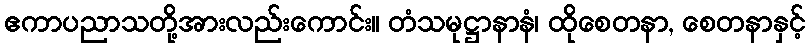
ဧကာပညာသတို့အားလည်းကောင်း။ တံသမုဋ္ဌာနာနံ၊ ထိုစေတနာ, စေတနာနှင့်